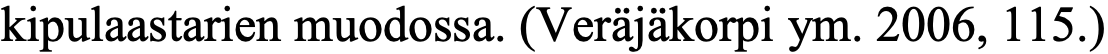
kipulaastarien muodossa. (Veräjäkorpi ym. 2006, 115.)